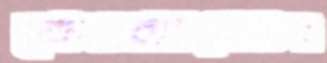
কেওকারাডং